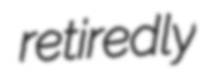
retiredly